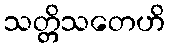
သတ္တိသတေဟိ